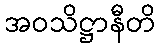
အဝသိဋ္ဌာနီတိ